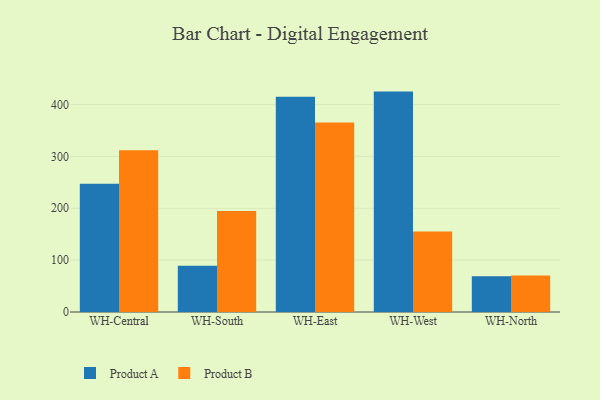
{"axis": {"x": "Warehouse", "y": "Bounce Rate (%)"}, "legend": ["Product A", "Product B"], "data": [{"x": "WH-Central", "y": 247.1, "type": "Product A"}, {"x": "WH-Central", "y": 311.6, "type": "Product B"}, {"x": "WH-South", "y": 89.2, "type": "Product A"}, {"x": "WH-South", "y": 194.8, "type": "Product B"}, {"x": "WH-East", "y": 415.1, "type": "Product A"}, {"x": "WH-East", "y": 365.4, "type": "Product B"}, {"x": "WH-West", "y": 424.9, "type": "Product A"}, {"x": "WH-West", "y": 155.0, "type": "Product B"}, {"x": "WH-North", "y": 68.9, "type": "Product A"}, {"x": "WH-North", "y": 70.2, "type": "Product B"}]}